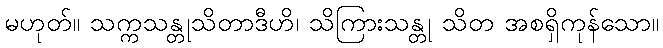
မဟုတ်။ သက္ကသန္တုသိတာဒီဟိ၊ သိကြားသန္တု သိတ အစရှိကုန်သော။